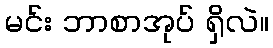
မင်း ဘာစာအုပ် ရှိလဲ။